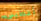
أعطينى